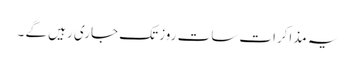
یہ مذاکرات سات روز تک جاری رہیں گے ۔